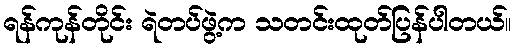
ရန်ကုန်တိုင်း ရဲတပ်ဖွဲ့က သတင်းထုတ်ပြန်ပါတယ်။